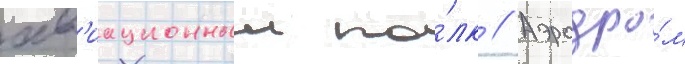
ав'иационныи по́лк // Аэродро́м